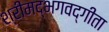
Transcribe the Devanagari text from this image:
श्रीमद्‌भगवद्गीता